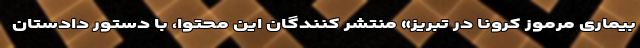
بیماری مرموز کرونا در تبریز» منتشر کنندگان این محتوا، با دستور دادستان